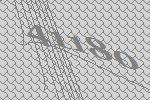
41180